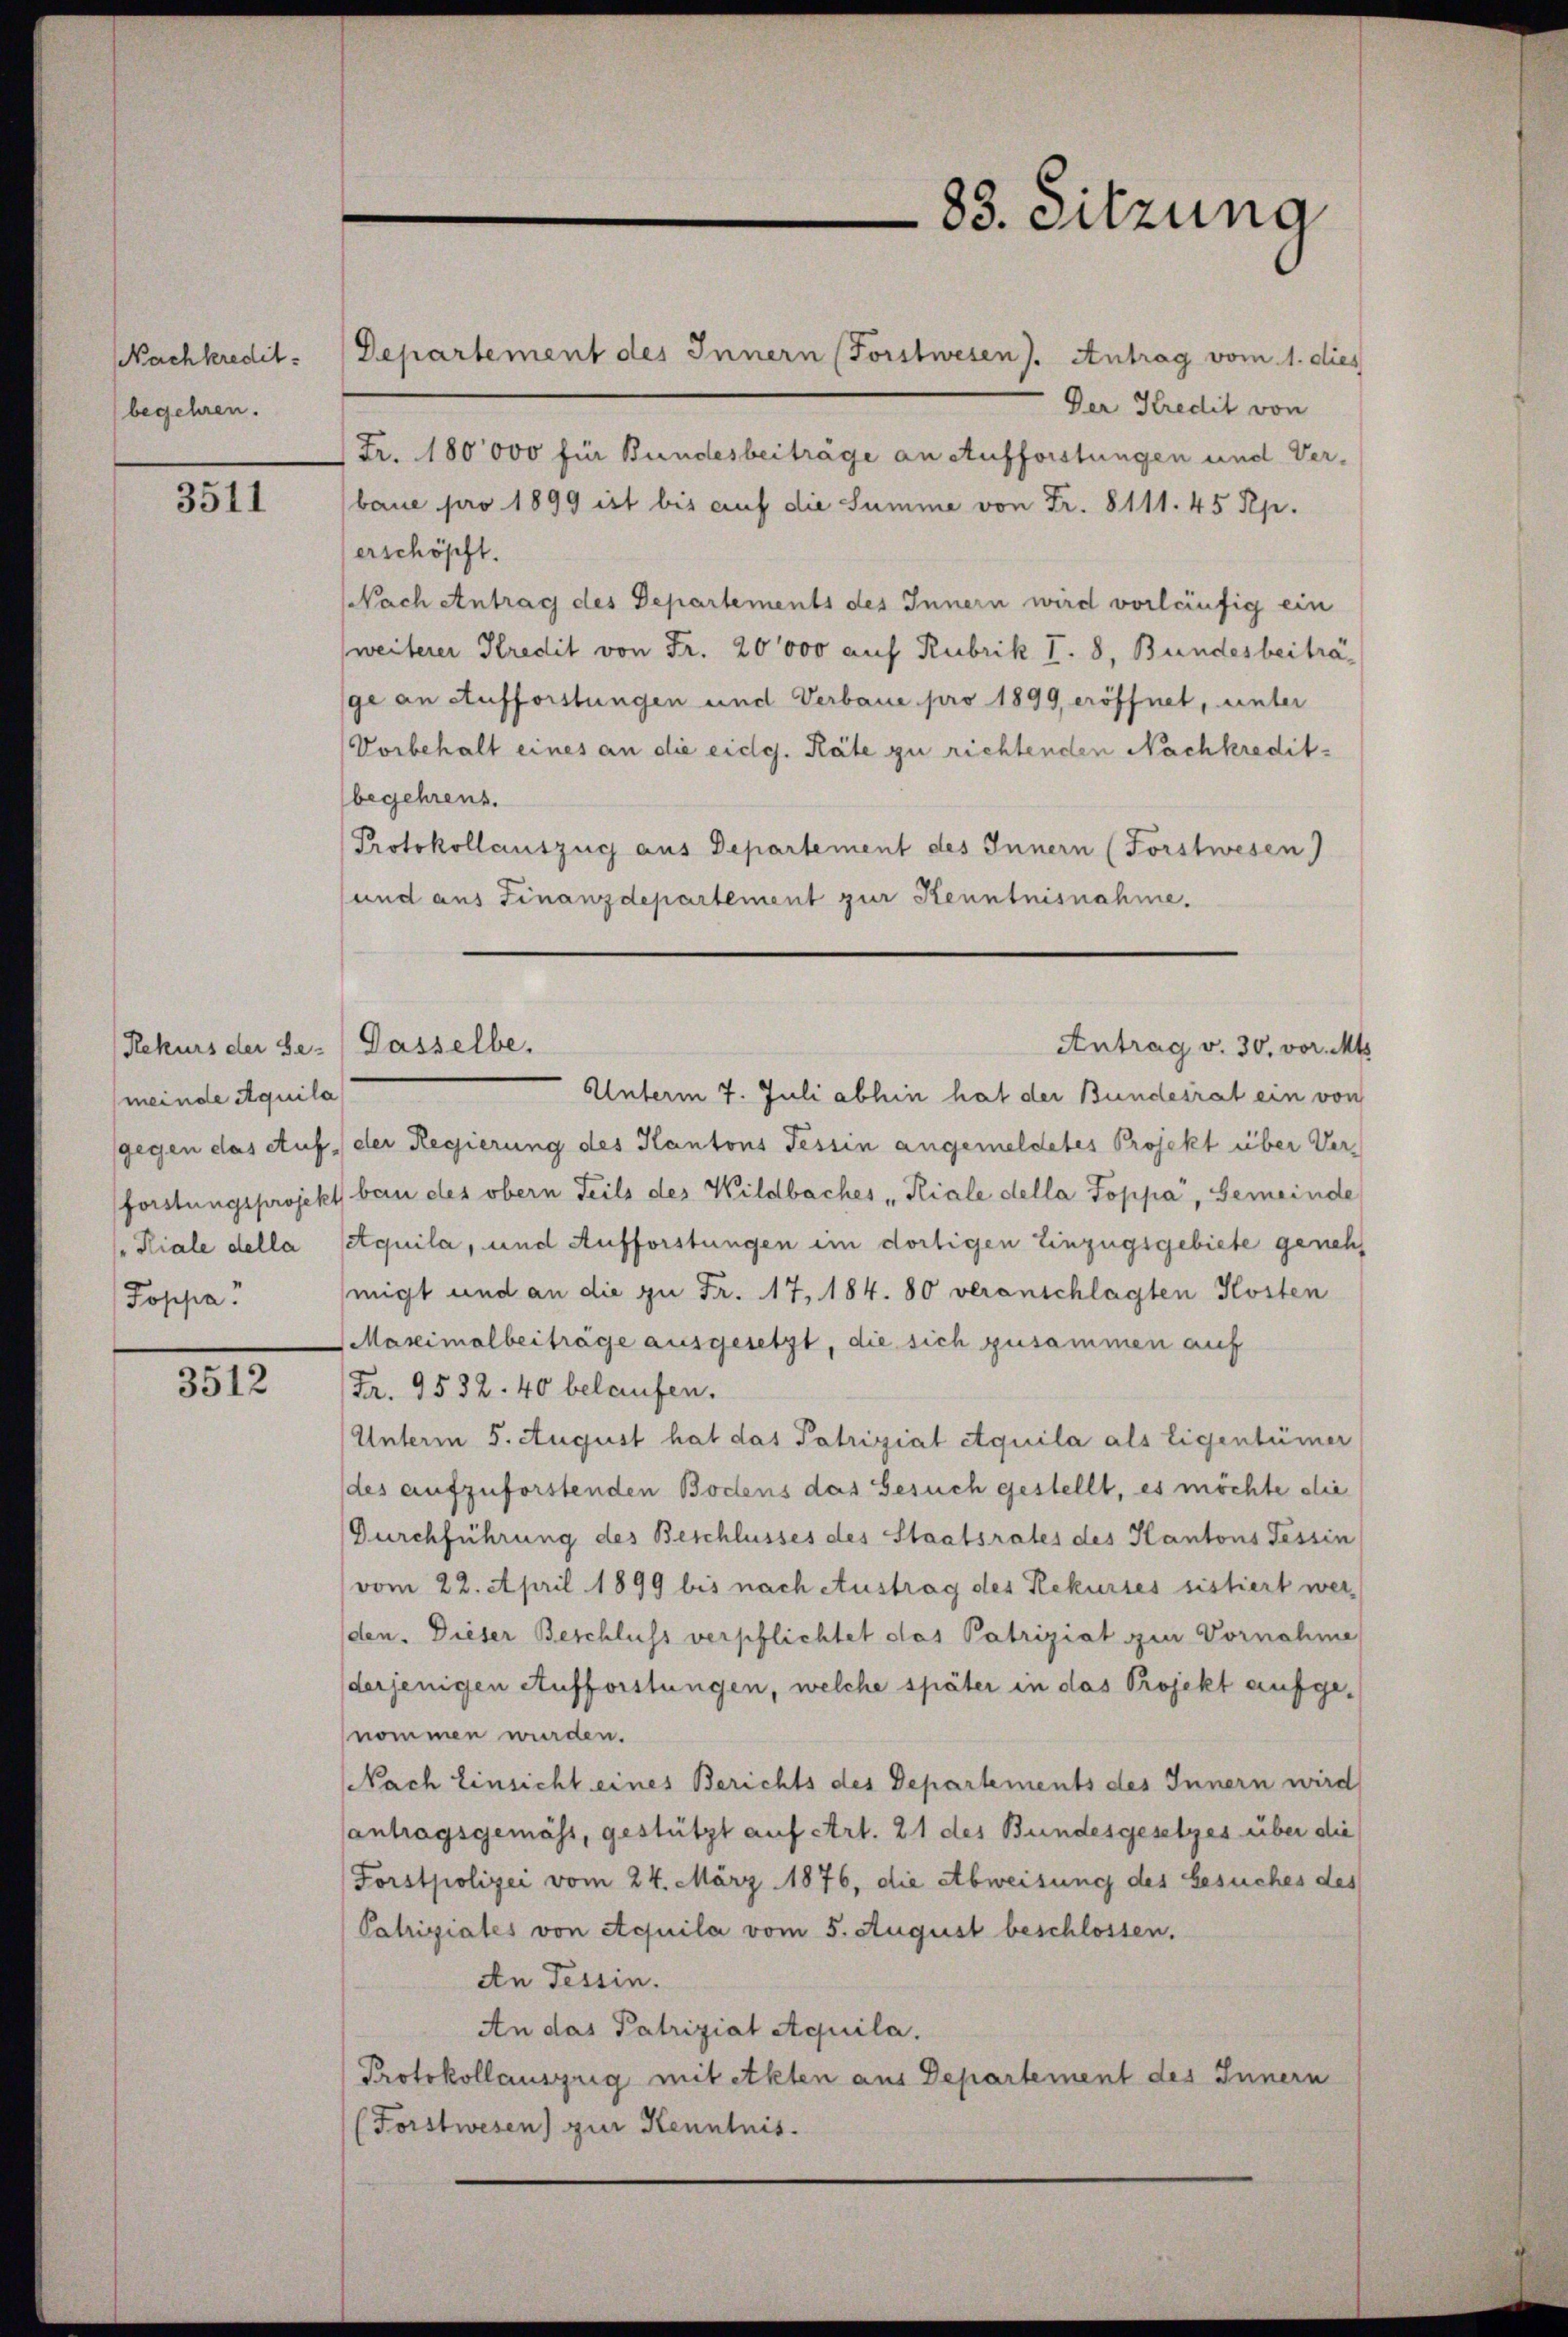
Nachkredit
begehren.

3511

Rekurs der Be- Dasselbe.
(meinde Aquila
Kiale della
Poppa

3512

Departement des Innern (Forstwesen). Antrag vom 1. dies
Der Kredit von
Fr. 180000 für Bundesbeiträge an Aufforstungen und Ver-
baue pro 1899 ist bis auf die Summe von Fr. 8111. 45 Rp.
erschöpft.
Nach Antrag des Departements des Innern wird vorläufig ein
weiterer Kredit von Fr. 20000 auf Rubrik T. 8, Bundesbeiträge an Aufforstungen und Verbaue pro 1899 eröffnet, unter
Vorbehalt eines an die eidg. Räte zu richtenden Nachkreditbegehrens.
Protokollauszug aus Departement des Innern (Forstwesen)
sund aus Finanzdepartement zur Kenntnisnahme.

83. Sitzung

Unterm 7. Juli abhin hat der Bundesrat ein von
gegen das Auf der Regierung des Kantons Tessin angemeldetes Projekt über Verforstungsprojekt bau des obern Teils des Wildbaches Riale della Poppa, Gemeinde
Aquila, und Aufforstungen im dortigen Einzugsgebiete geneh
migt und an die zu Fr. 17, 184. 80 veranschlagten Kosten
Maseimalberträge ausgesetzt, die sich zusammen auf
Fr. 9532. 40 belaufen.
Unterm 5. August hat das Patriziat Aquila als Eigentümer
des aufzuforstenden Bodens das Gesuch gestellt, es möchte die
Durchführung des Beschlusses des Staatsrates des Kantons Tessin
vom 22. April 1899 bis nach Austrag des Rekurses sistiert werden. Dieser Beschluss verpflichtet das Patriziat zum Vornahme
derjenigen Aufforstungen, welche später in das Projekt aufgenommen wurden.
Nach Einsicht eines Berichts des Departements des Innern wird
antragsgemäss, gestützt auf Art. 21 des Bundesgesetzes über die
Forstpolizei vom 24. März 1876, die Abweisung des besuches des
Patriziales von Aquila vom 5. August beschlossen.
An Tessin.
An das Patriziat Aquila.
Protokollauszug mit etkten aus Departement des Innern
(Forstwesen) zur Kenntnis.

Antrag v. 30. vor. Mts